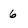
Character: 6